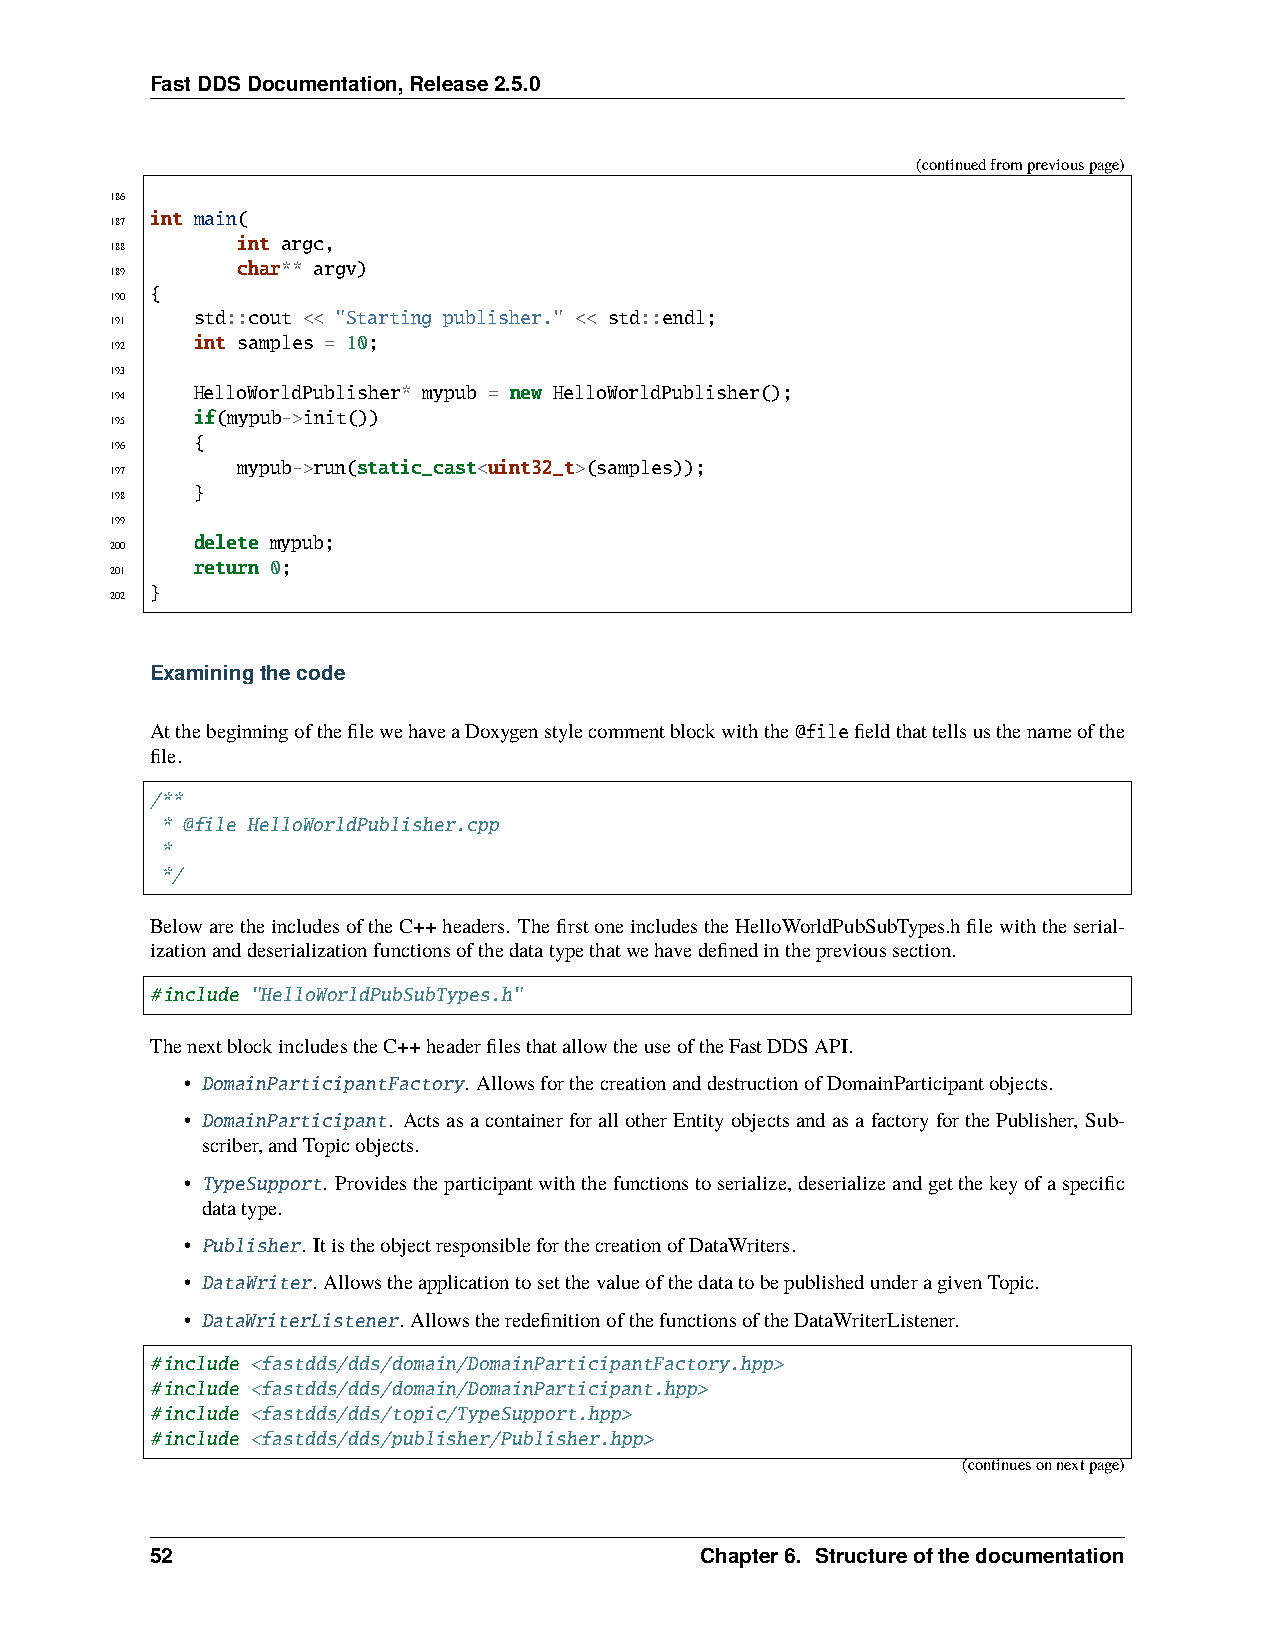
FastDDSDocumentation,Release2.5.0
 (continuedfrompreviouspage)
 186
 int main(
 187
 int argc,
 188
 char** argv)
 189
 {
 190
 std::cout << "Starting publisher." << std::endl;
 191
 int samples = 10;
 192
 193
 HelloWorldPublisher* mypub = new HelloWorldPublisher();
 194
 if(mypub->init())
 195
 {
 196
 mypub->run(static_cast<uint32_t>(samples));
 197
 }
 198
 199
 delete mypub;
 200
 return 0;
 201
 }
 202
 Examiningthecode
 AtthebeginningofthefilewehaveaDoxygenstylecommentblockwiththe@filefieldthattellsusthenameofthe
 file.
 /**
 * @file HelloWorldPublisher.cpp
 *
 */
 BelowaretheincludesoftheC++headers. ThefirstoneincludestheHelloWorldPubSubTypes.hfilewiththeserial-
 izationanddeserializationfunctionsofthedatatypethatwehavedefinedintheprevioussection.
 #include "HelloWorldPubSubTypes.h"
 ThenextblockincludestheC++headerfilesthatallowtheuseoftheFastDDSAPI.
 • DomainParticipantFactory. AllowsforthecreationanddestructionofDomainParticipantobjects.
 • DomainParticipant. ActsasacontainerforallotherEntityobjectsandasafactoryforthePublisher, Sub-
 scriber,andTopicobjects.
 • TypeSupport. Providestheparticipantwiththefunctionstoserialize,deserializeandgetthekeyofaspecific
 datatype.
 • Publisher. ItistheobjectresponsibleforthecreationofDataWriters.
 • DataWriter. AllowstheapplicationtosetthevalueofthedatatobepublishedunderagivenTopic.
 • DataWriterListener. AllowstheredefinitionofthefunctionsoftheDataWriterListener.
 #include <fastdds/dds/domain/DomainParticipantFactory.hpp>
 #include <fastdds/dds/domain/DomainParticipant.hpp>
 #include <fastdds/dds/topic/TypeSupport.hpp>
 #include <fastdds/dds/publisher/Publisher.hpp>
 (continuesonnextpage)
 52                                  Chapter6. Structureofthedocumentation